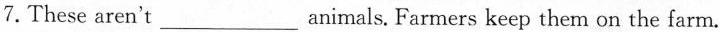
7.These aren'tanimals._ Farmers keep them on the farm.